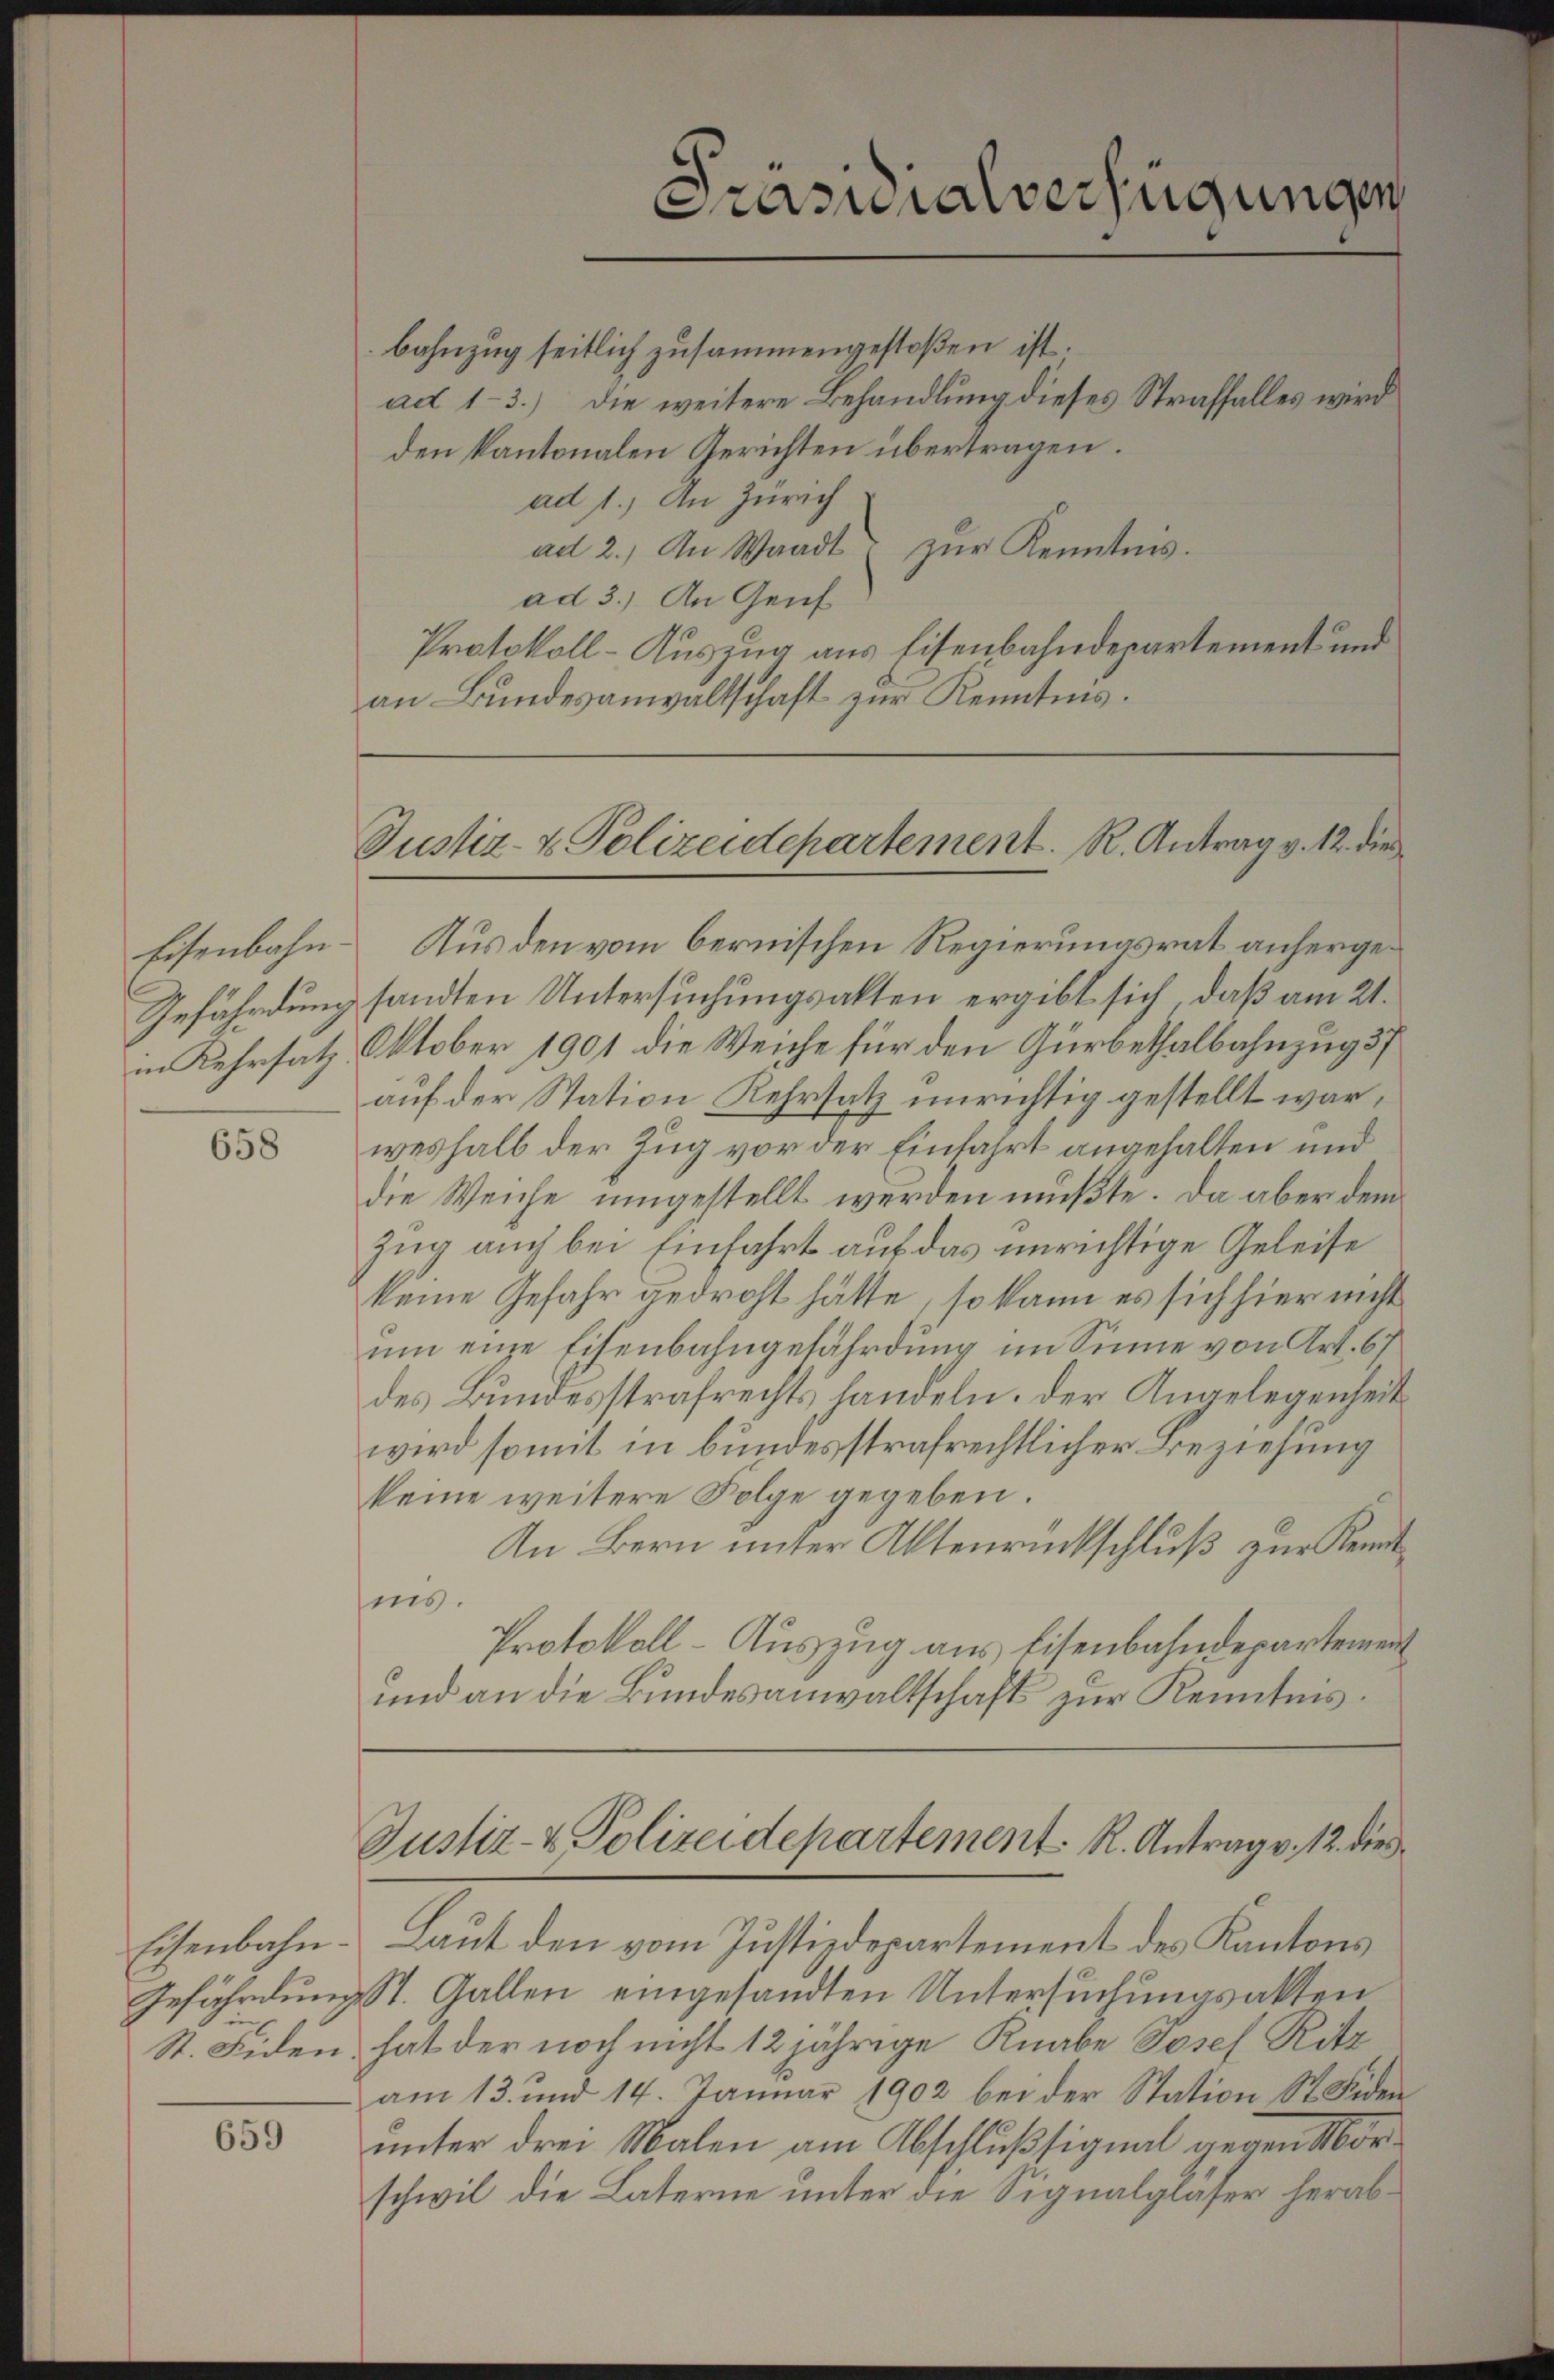
Eisenbahn.
Gefährdung
in Kehrsatz

658

Eisenbahn.

659

Bahnzug seitlich zusammengestoßen ist.
ad 1-3.) Die weitere Behandlung dieses Straffalles wird
den kantonalen Gerichten übertragen.
ad 1.) An Zürich
ad 2.) An Waadt zŭr Kenntnis.
ad 3.) An Genf
Protokoll-Auszug aus Eisenbahndepartement und
an Bundesanwaltschaft zur Kenntnis.

Prasialverfügungen

Justiz- & Polizeidepartement. R. Antrag v. 12. die

Justiz- & Polizeidepartement. R. Antrag v. 12. die

Aus den vom bernischen Regierungsrat anhergesandten Untersuchungsakten ergibt sich, daß am 21.
Oktober 1901 die Weiche für den Gürbethalbahnzug 37
auf der Station Kehrsatz unrichtig gestellt war,
weshalb der Zug vor der Einfahrt angehalten und
die Weiche umgestellt werden müßte. Da aber dem
Zug auch bei Einfahrt auf das unrichtige Geleise
keine Gefahr gedroht hätte, so kann es sich hier nicht
um eine Eisenbahngefährdung im Sinne von Art. 67
des Bundesstrafrechts handeln. Der Angelegenheit
wird somit in bundesstrafrechtlicher Beziehung
keine weitere Folge gegeben.
An Bern unter Aktenrückschluß zur Kenntins.
Protokoll-Auszug aus Eisenbahndepartement
und an die Bundesanwaltschaft zur Kenntnis¬

Laut den vom Justizdepartement des Kantons
Gefährdung St. Gallen eingesandten Untersuchungsakten
St. Fiden hat der noch nicht 12jährige Knabe Josef Ritz
am 13. und 14. Januar 1902 bei der Station St. Fiden
unter drei Malen am Abschlußsignal gegen Morschwil die Laterne unter die Signalgläser herab¬